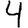
Digit: 4